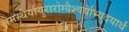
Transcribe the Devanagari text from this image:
क्षेमस्थैर्यायुरारोग्यैश्वर्याभ्युदयार्थं